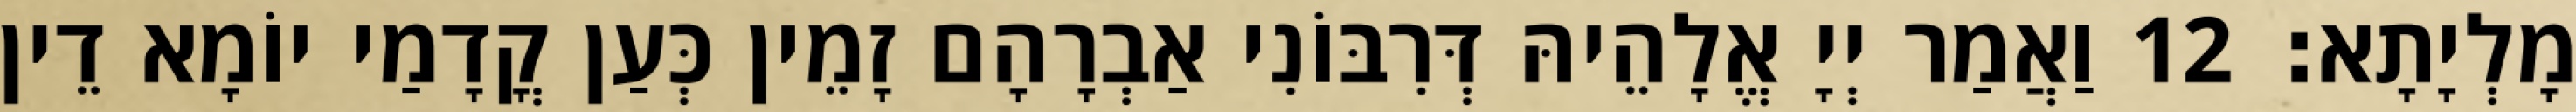
מָלְיָתָא׃ 12 וַאֲמַר יְיָ אֱלָהֵיהּ דְּרִבּוֹנִי אַבְרָהָם זָמֵין כְּעַן קֳדָמַי יוֹמָא דֵין